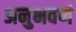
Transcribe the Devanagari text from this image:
अनुभवणं